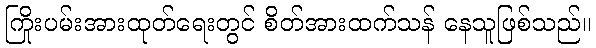
ကြိုးပမ်းအားထုတ်ရေးတွင် စိတ်အားထက်သန် နေသူဖြစ်သည်။